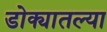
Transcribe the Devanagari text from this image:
डोक्यातल्या